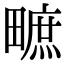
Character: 𤳌